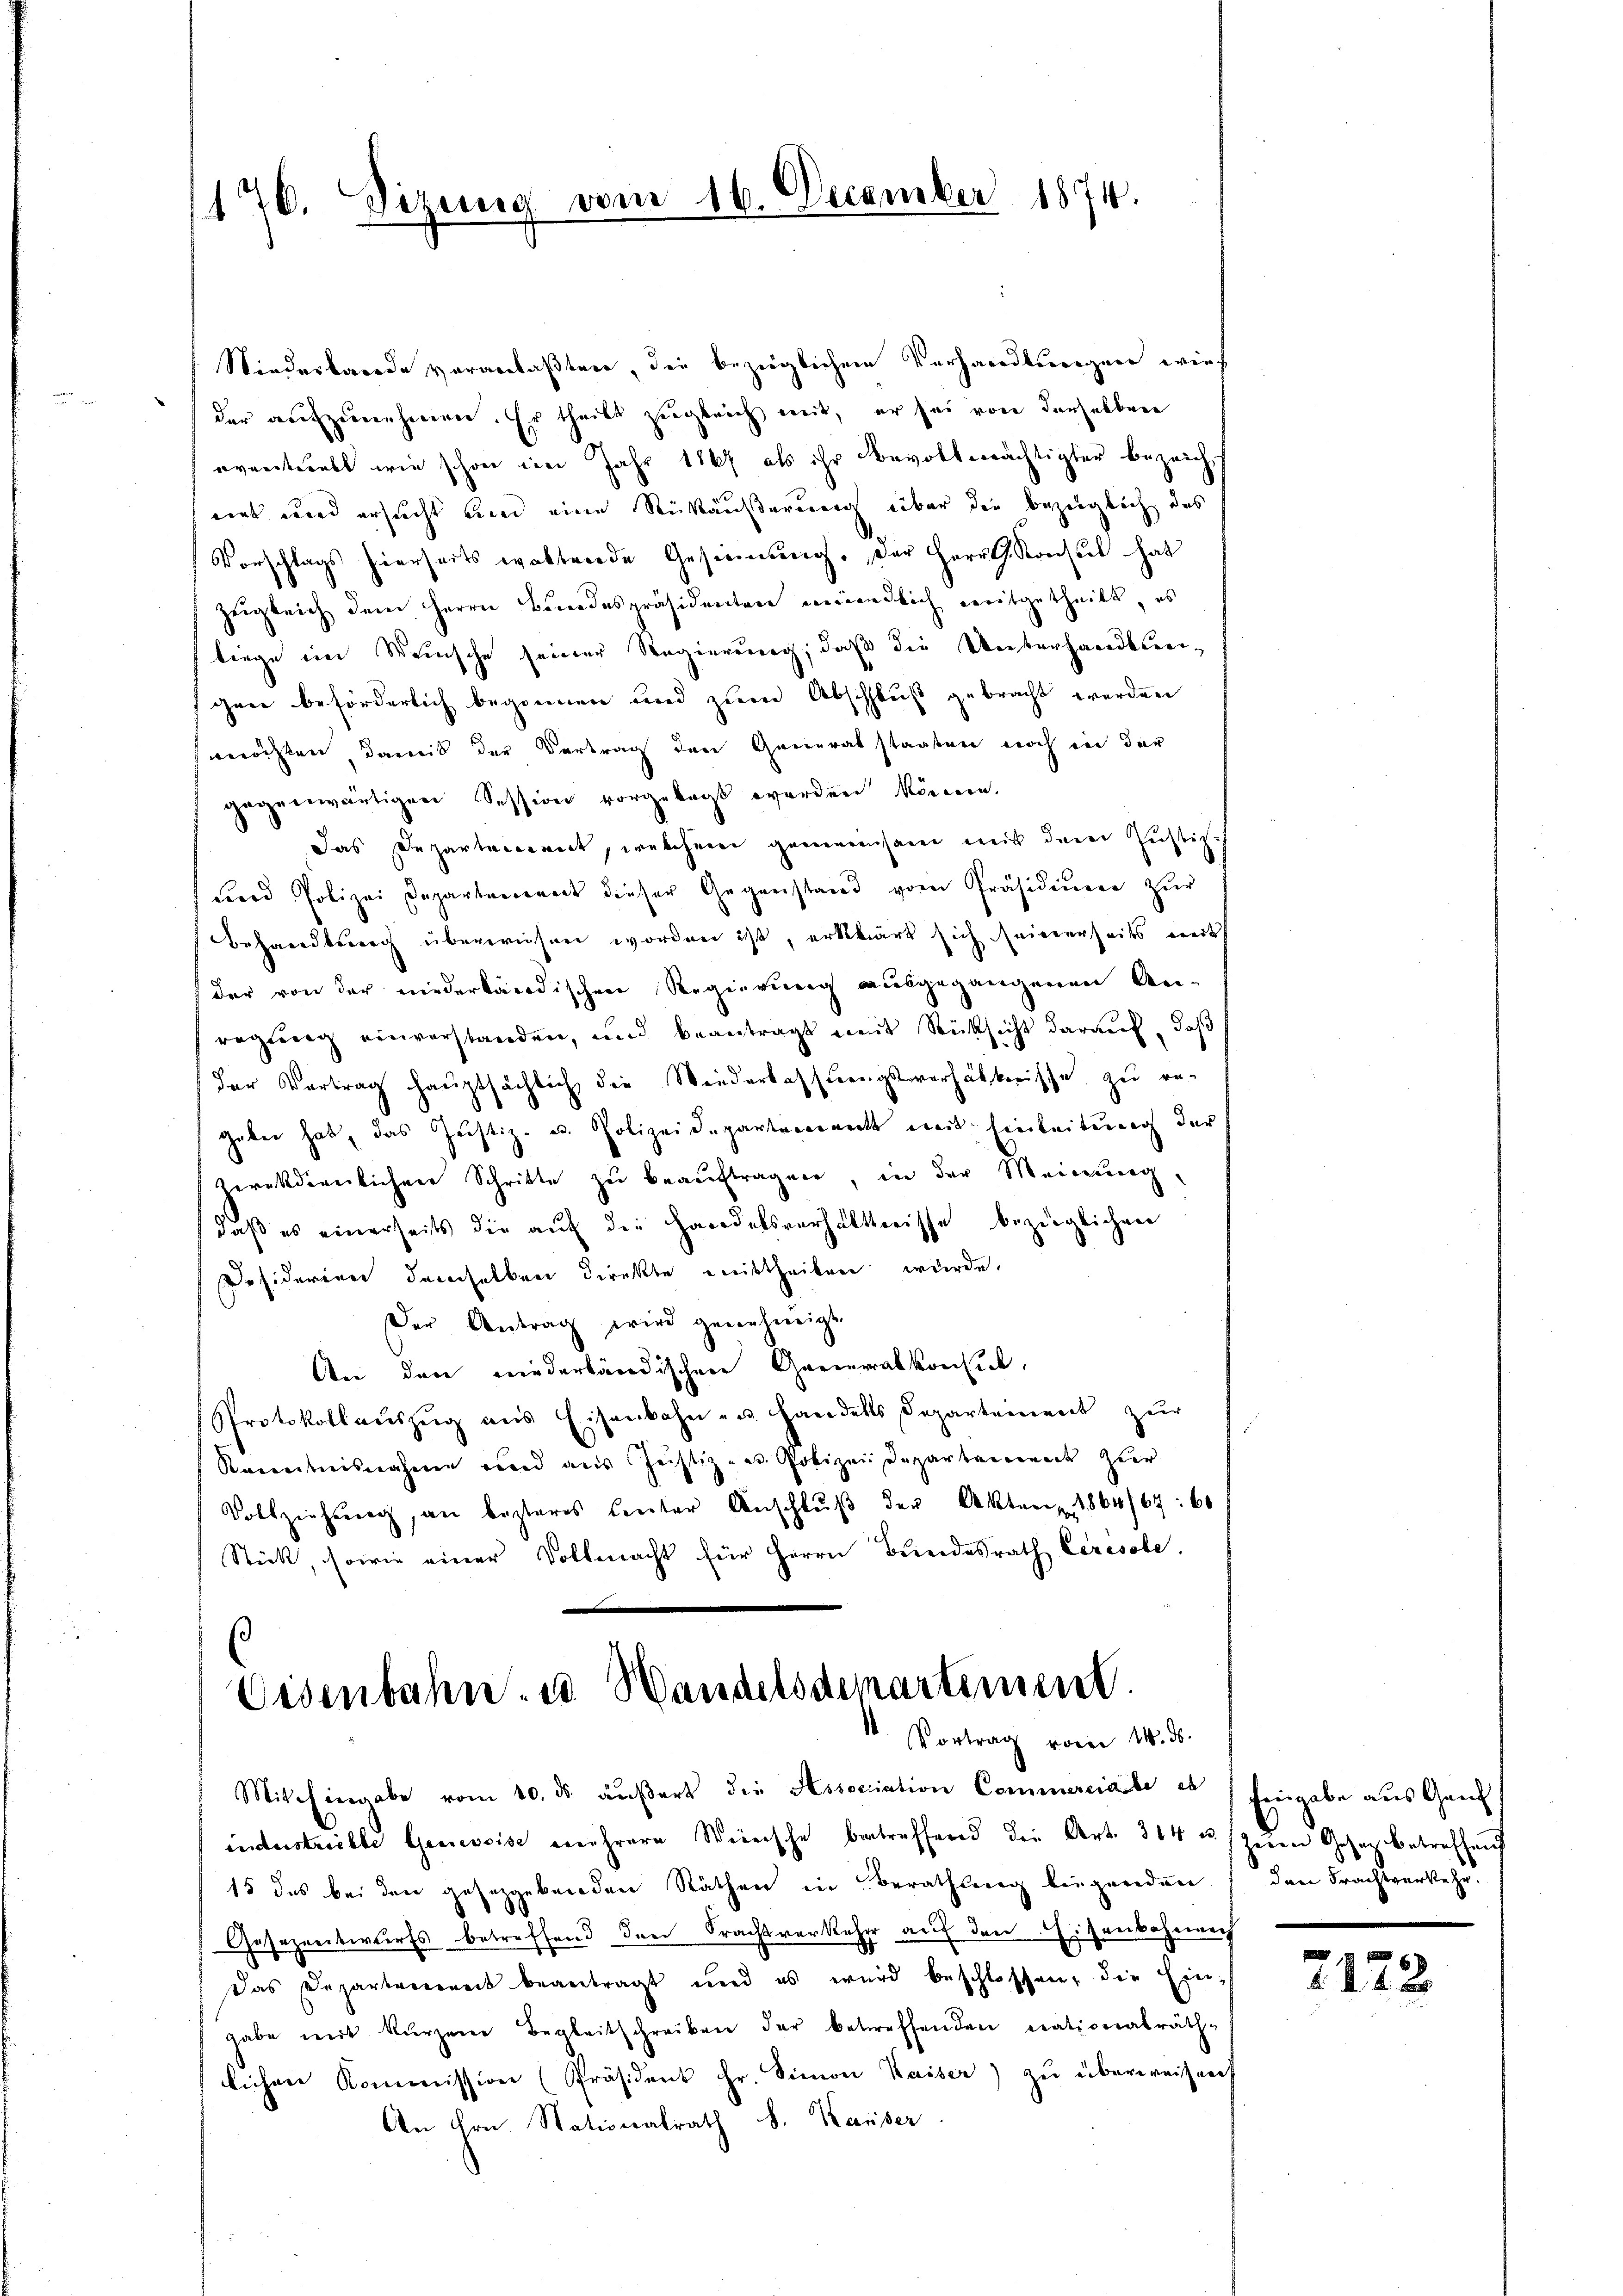
176. Sizung vom 16. December 1874.

Niederbarode veranlaßten, die bezüglichem Vorhandlserigen wieder aŭfzŭnehmen. Er theils zugleich mit, er sei von derselbere
eventriebt wie schon im Jahr 1867 als ihr Bevollmächtigter bezeich
eint und ersucht um eine Rückäußerung über der bezeiglich das
Vorschlags hierseits waltende Gesinnung. Der Herr Konsul hat
zugleich dem Herrn Bundespräsidenten meindlich mitgetheilt, es
liege im Weinsche seiner Regierung, daß die Unterhandlerigen beförderlich begonnen und zum Abschluß gebracht werden
möchten, damit der Vertrag den Generalstaaten noch in der
gegenwärtigen Session vorgelegt werden können.
das Departement, welcher gemeinsam mit der Justiz-
uard Polizei Departement dieser Gegenstand vom Präsidenen zur
Behandlung überwiesen worden ist, erklärt sich seinerseits mit
der von der niederländischen Regierung ausgegangenen An-
regung einverstanden, und beantragt mit Rücksicht darauf, daß
der Vertrag hauptsächlich die Wiederlassungsverhältnisse zu re-
geben hat, das Justiz- u. Polizeidepartement mit Einleitung der
Terekdienlichen Schritte zu beauftragen, in der Meinung
daß es einerseits die aŭf die Handelsverhältnisse bezüglichen
Däsiderien demselben Direkte mittheilen wurde.
Der Antrag wird genehmigt.
An den niederbändischen Generalkonsich,
Protokollaŭszŭg ans Eisenbahn - u. handels Departement zŭr
Renntnisnahme und aus Justiz- u. Polizei Departenannt zuer
Vollziehung, an besteres unter Anschlŭβ der Akten 1864/64: 60
Stick, sowie einer Vollmacht für Herrn Bŭndesrath Ceresole.

Eisenbahn. u. Wandelsdemartiment.
Vortrag vom 14. ds.
Mitchingabe vom 10. ds. äŭβert die Association Commerciale es

iindustrielle Genevoise mehrere Wünsche betreffend die Art. 304 u. zum Gesetz betreffen
15 des bei den gesetzgebenden Räthen in Berathung liegenden
Gesezentwurfs betreffend den Frachtverkehr auf den Eisenbahnen
Das Departerrent beantragt und es wird beschlossen, die Eingabe mit kŭrzem Begleitschreiben der betreffenden nationalräth-
lichen Kommission (Präsident Fr. Simon Kaiser) zu überweisen
An ihre Stationalrath S. Kaiser

Eingabe aus Ganz
dan Frachtverkehr.

2172.